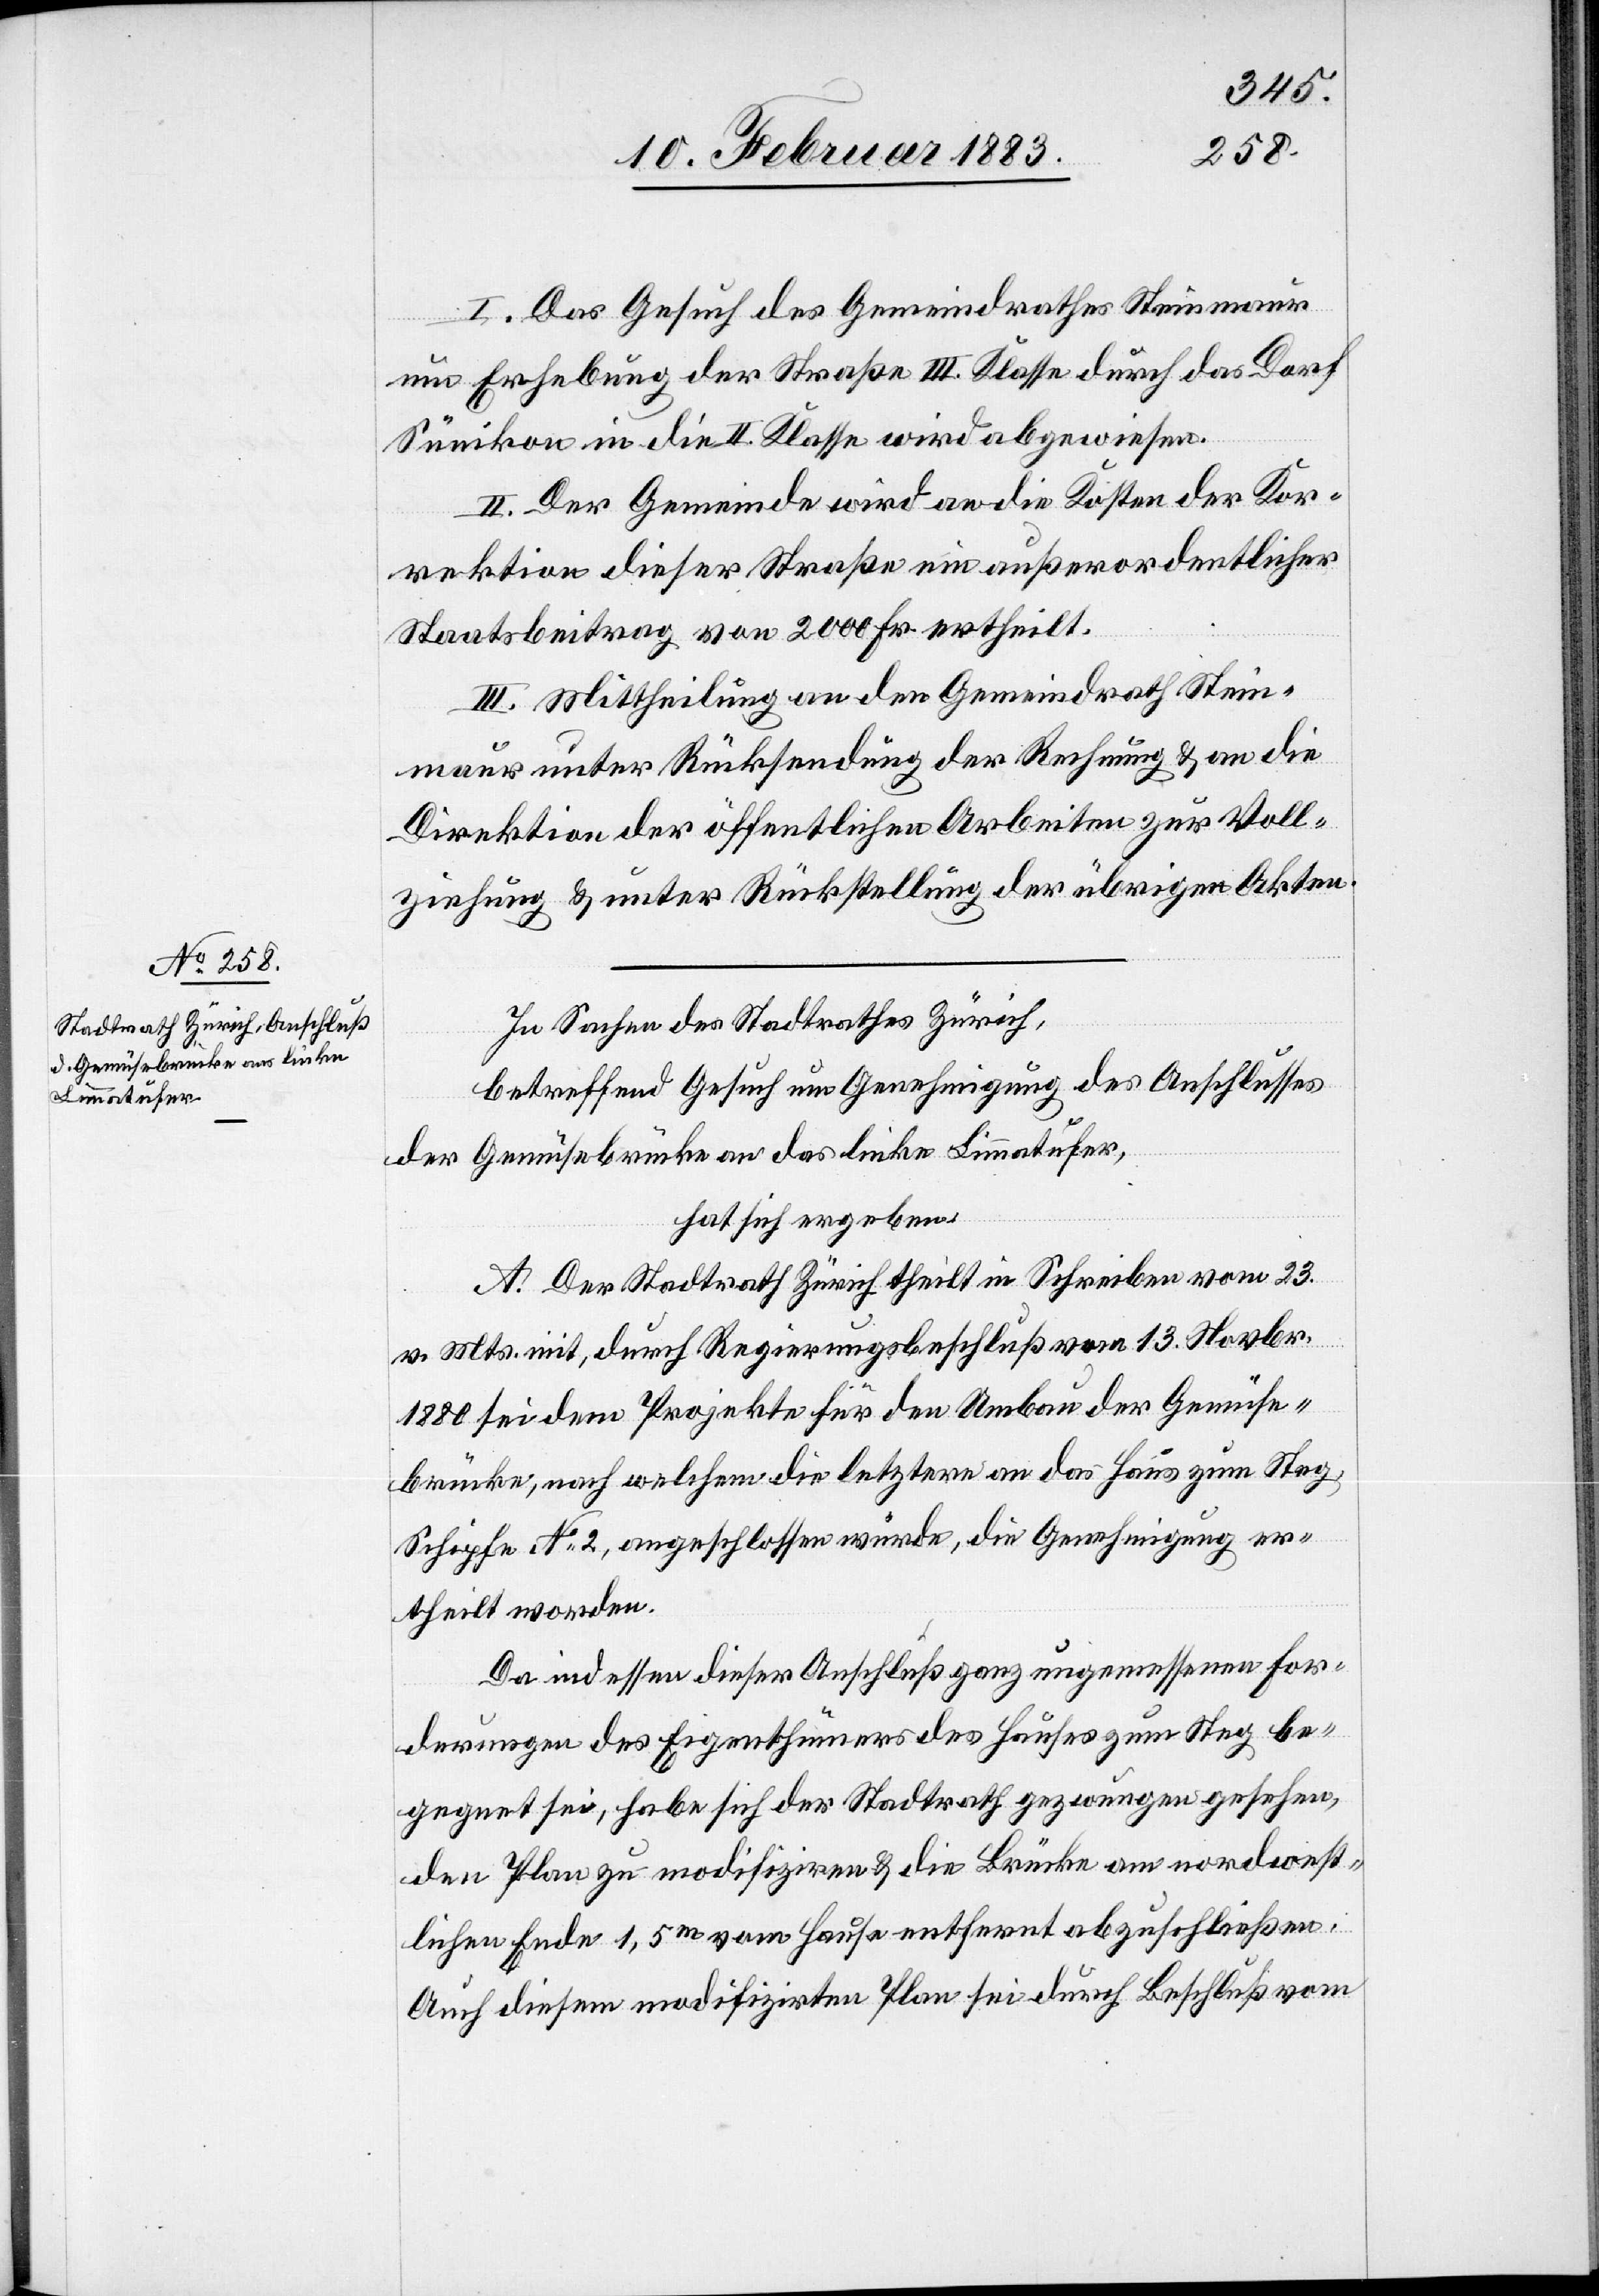
I. Das Gesuch des Gemeindrathes Steinmaur
um Erhebung der Straße III. Klasse durch das Dorf
Sünikon in die II. Klasse wird abgewiesen.
II. Der Gemeinde wird an die Kosten der Kor¬
rektion dieser Straße ein außerordentlicher
Staatsbeitrag von 2000 Fr. ertheilt.
III. Mittheilung an den Gemeindrath Stein¬
maur unter Rücksendung der Rechnung & an die
Direktion der öffentlichen Arbeiten zur Voll¬
ziehung & unter Rückstellung der übrigen Akten.
In Sachen des Stadtrathes Zürich,
betreffend Gesuch um Genehmigung des Anschlusses
der Gemüsebrücke an das linke Limmatufer,
hat sich ergeben:
A. Der Stadtrath Zürich theilt in Schreiben vom 23.
v. Mts. mit, durch Regierungsbeschluß vom 13. Novbr.
1880 sei dem Projekte für den Umbau der Gemüse¬
brücke, nach welchem die letztere an das Haus zum Steg,
Schipfe No 2, angeschlossen würde, die Genehmigung er¬
theilt worden.
Da indessen dieser Anschluß ganz ungemessenen [sic!]
Forderungen des Eigenthümers des Hauses zum Steg be¬
gegnet sei, habe sich der Stadtrath gezwungen gesehen,
den Plan zu modifiziren & die Brücke am nordwest¬
lichen Ende 1,5 m vom Hause entfernt abzuschließen.
Auch diesem modifizirten Plan sei durch Beschluß vom